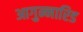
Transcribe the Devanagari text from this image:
आगुन्नारिड